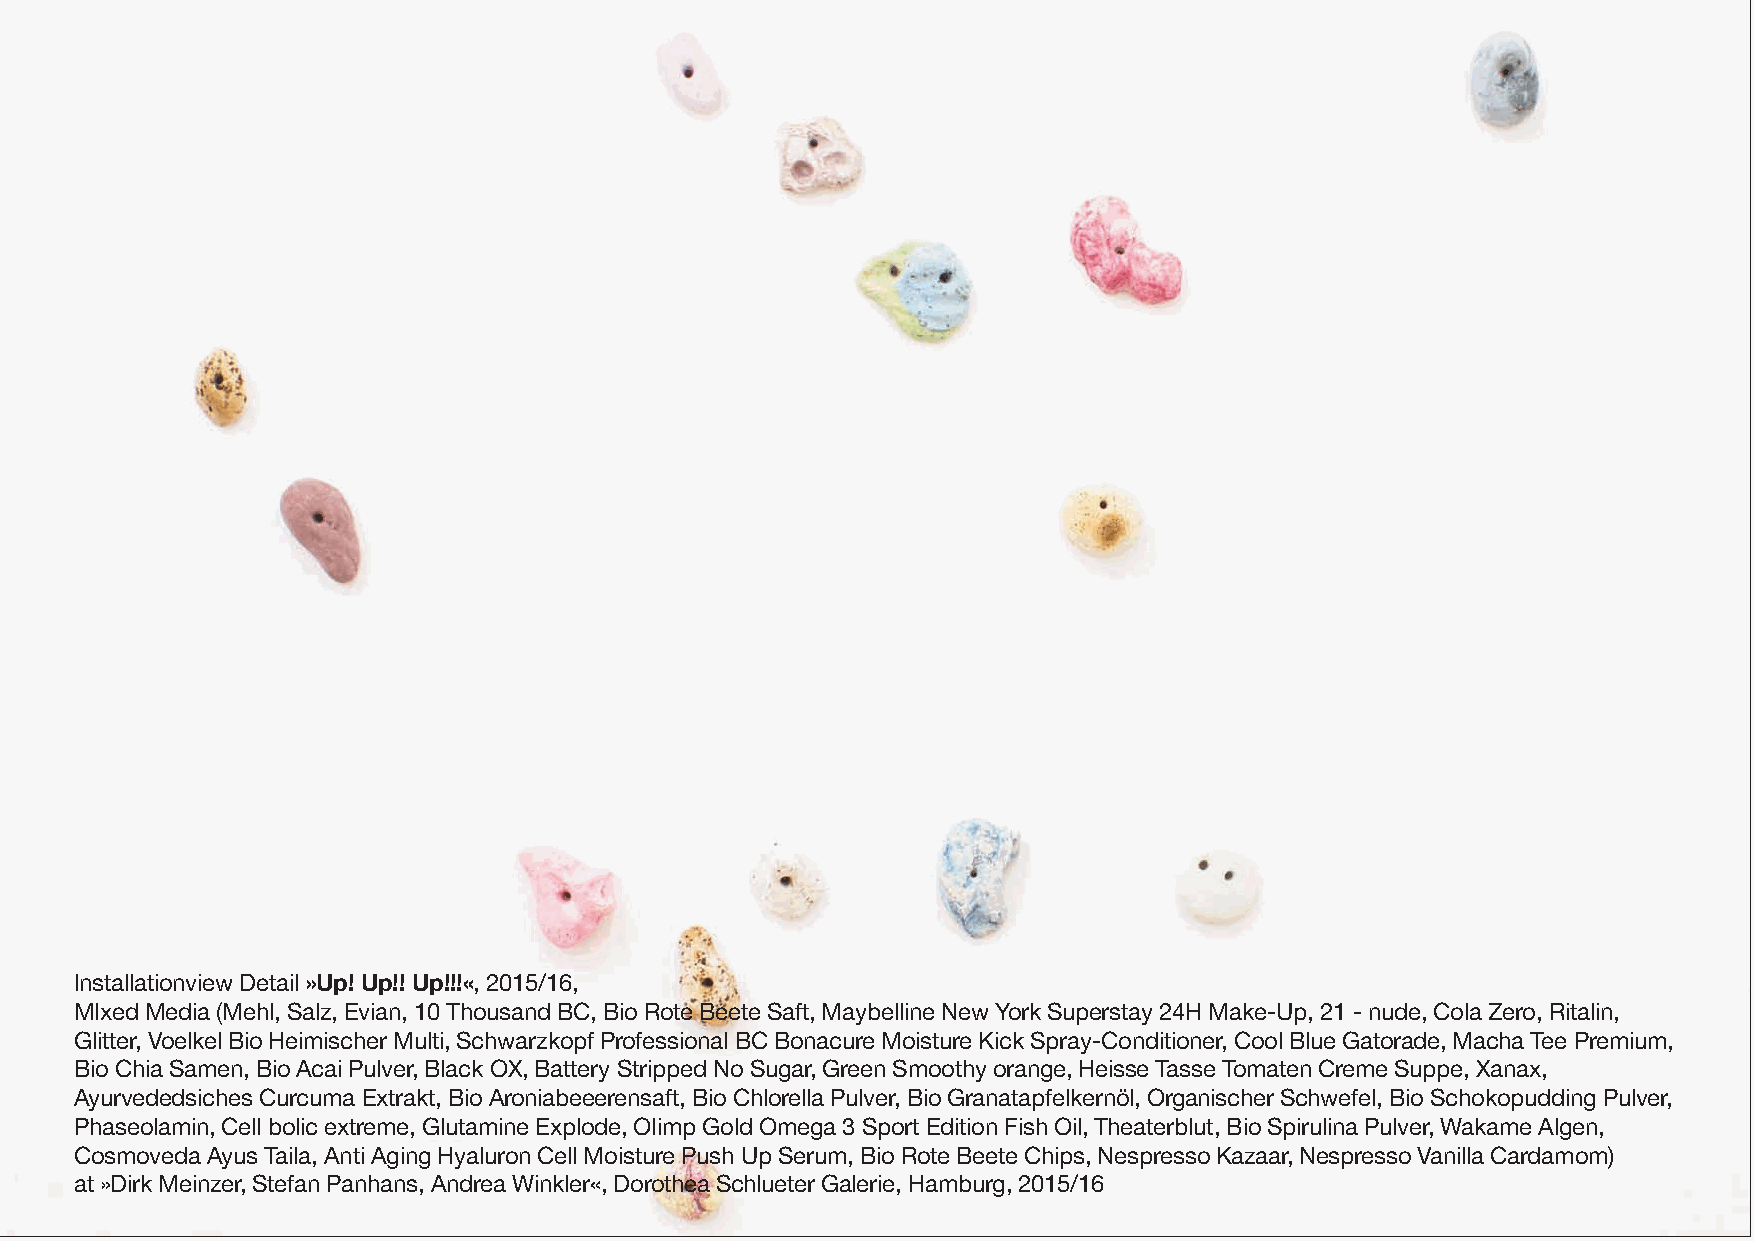
Installationview Detail»Up! Up!! Up!!!«, 2015/16,
 MIxed Media (Mehl, Salz, Evian, 10 Thousand BC, Bio Rote Beete Saft, Maybelline New York Superstay 24H Make-Up, 21 - nude, Cola Zero, Ritalin,
 Glitter, Voelkel Bio Heimischer Multi, Schwarzkopf Professional BC Bonacure Moisture Kick Spray-Conditioner, Cool Blue Gatorade, Macha Tee Premium,
 Bio Chia Samen, Bio Acai Pulver, Black OX, Battery Stripped No Sugar, Green Smoothy orange, Heisse Tasse Tomaten Creme Suppe, Xanax,
 Ayurvededsiches Curcuma Extrakt, Bio Aroniabeeerensaft, Bio Chlorella Pulver, Bio Granatapfelkernöl, Organischer Schwefel, Bio Schokopudding Pulver,
 Phaseolamin, Cell bolic extreme, Glutamine Explode, Olimp Gold Omega 3 Sport Edition Fish Oil, Theaterblut, Bio Spirulina Pulver, Wakame Algen,
 Cosmoveda Ayus Taila, Anti Aging Hyaluron Cell Moisture Push Up Serum, Bio Rote Beete Chips, Nespresso Kazaar, Nespresso Vanilla Cardamom)
 at »Dirk Meinzer, Stefan Panhans, Andrea Winkler«, Dorothea Schlueter Galerie, Hamburg, 2015/16